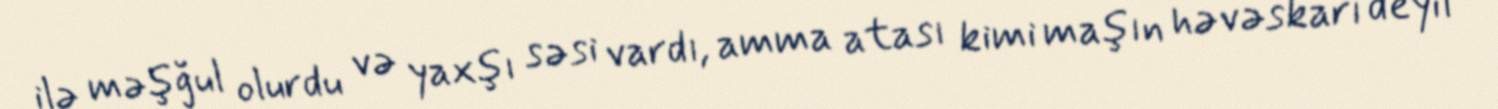
ilə məşğul olurdu və yaxşı səsi vardı, amma atası kimi maşın həvəskarı deyil